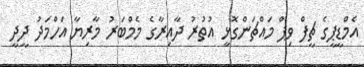
އެމްޑީޕީގެ ޗީފް ވިޕް މައްޗަންގޮޅީ އުތުރު ދާއިރާގެ މެމްބަރު މާރިޔާ އަހްމަދު ދީދީ